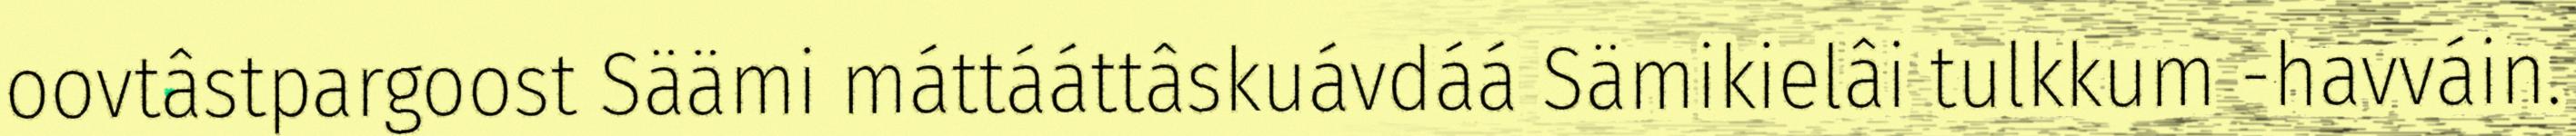
oovtâstpargoost Säämi máttááttâskuávdáá Sämikielâi tulkkum -havváin.